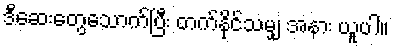
ဒီဆေးတွေသောက်ပြီး တက်နိုင်သမျှ အနား ယူပါ။